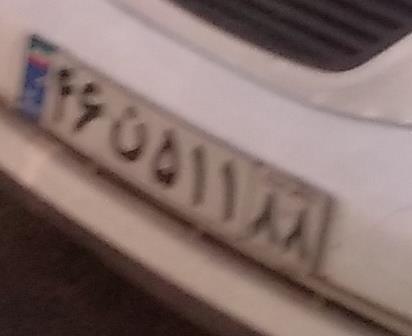
۴۶ن۵۱۱۸۸